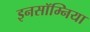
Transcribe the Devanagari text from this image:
इनसॉम्निया